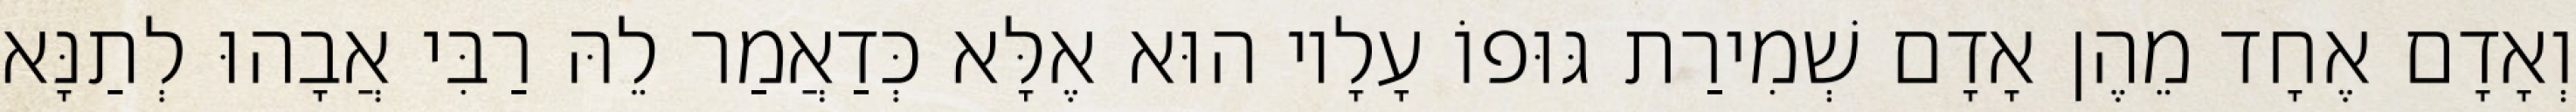
וְאָדָם אֶחָד מֵהֶן אָדָם שְׁמִירַת גּוּפוֹ עָלָיו הוּא אֶלָּא כְּדַאֲמַר לֵהּ רַבִּי אֲבָהוּ לְתַנָּא